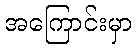
အကြောင်းမှာ